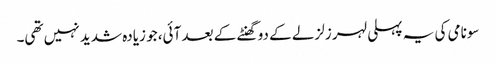
سونامی کی یہ پہلی لہر زلزلے کے دو گھنٹے کے بعد آئی، جو زیادہ شدید نہیں تھی۔